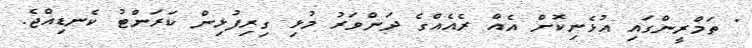
" ތަމްރީންގައި އުޅެނިކޮށް އެއް ރެއެއްގެ ދަންވަރު މުޅި ގިރިފުޅިން ކަރަންޓު ކެނޑިއްޖެ.